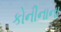
કોનીનાના